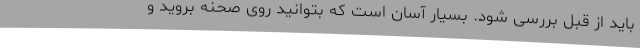
باید از قبل بررسی شود. بسیار آسان است که بتوانید روی صحنه بروید و